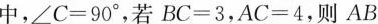
中，$$∠ C = 9 0 °$$，若$$B C = 3$$，$$A C = 4$$，则AB